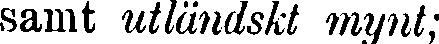
samt utländskt mynt;